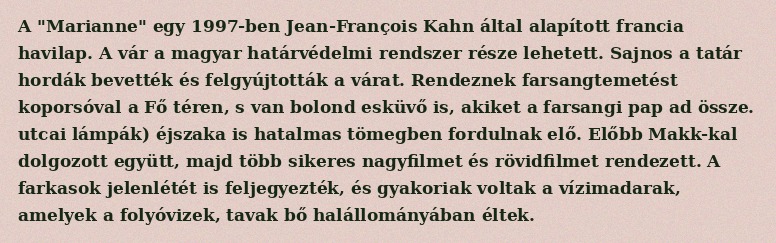
A "Marianne" egy 1997-ben Jean-François Kahn által alapított francia havilap. A vár a magyar határvédelmi rendszer része lehetett. Sajnos a tatár hordák bevették és felgyújtották a várat. Rendeznek farsangtemetést koporsóval a Fő téren, s van bolond esküvő is, akiket a farsangi pap ad össze. utcai lámpák) éjszaka is hatalmas tömegben fordulnak elő. Előbb Makk-kal dolgozott együtt, majd több sikeres nagyfilmet és rövidfilmet rendezett. A farkasok jelenlétét is feljegyezték, és gyakoriak voltak a vízimadarak, amelyek a folyóvizek, tavak bő halállományában éltek.